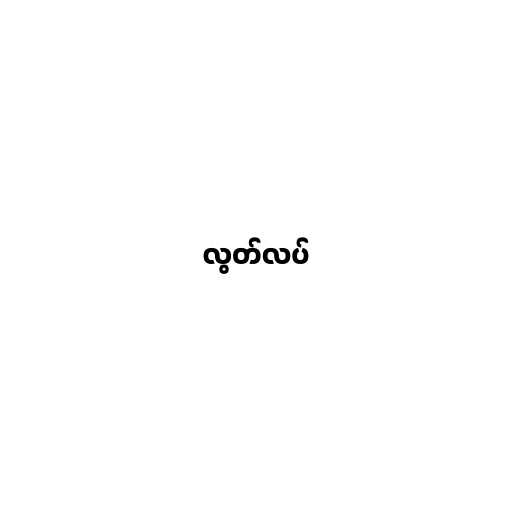
လွတ်လပ်